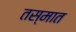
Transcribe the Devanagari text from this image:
तस्मात